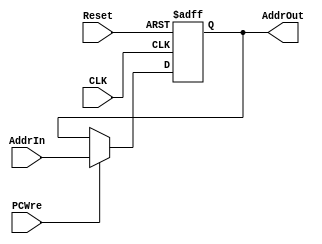
`timescale 1ns / 1ps
//////////////////////////////////////////////////////////////////////////////////
// Company: 
// Engineer: 
// 
// Design Name: 
// Module Name: PC
// Project Name: 
// Target Devices: 
// Tool Versions: 
// Description: 
// 
// Dependencies: 
// 
// Revision:
// Revision 0.01 - File Created
// Additional Comments:
// 
//////////////////////////////////////////////////////////////////////////////////


module PC(
    input CLK,
    input Reset,
    input PCWre,
    input[31:0] AddrIn,
    output reg[31:0] AddrOut
    );
    //initially PC is 0
    initial
    begin
        AddrOut = 0;
    end
    
    //each time when reset is 1 or CLK posedge comes
    always@(posedge CLK or posedge Reset)
    begin
        if(Reset)
        begin
            AddrOut = 0;
        end
        else if(PCWre)
        begin
            AddrOut = AddrIn;
        end
    end
endmodule